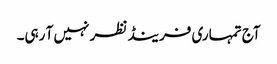
آج تمہاری فرینڈ نظر نہیں آ رہی۔